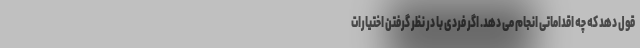
قول دهد که چه اقداماتی انجام می دهد. اگر فردی با در نظر گرفتن اختیارات